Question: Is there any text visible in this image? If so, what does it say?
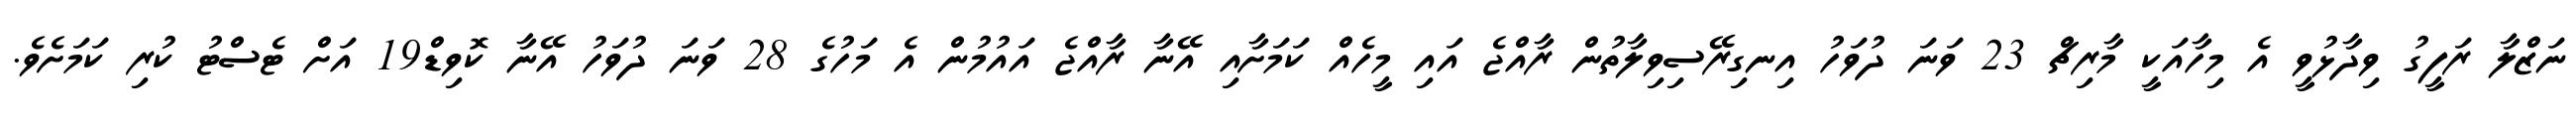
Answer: ނަޒްލާ ރަފީގު ވިދާޅުވީ އެ މިހާއަކީ މާރިޗް 23 ވަނަ ދުވަހު އިނގިރޭސިވިލާތުން ރާއްޖެ އައި މީހެއް ކަމަށާއި އޭނާ ރާއްޖެ އައުމުން އެ މަހުގެ 28 ވަނަ ދުވަހު އޭނާ ކޮވިޑް19 އަށް ޓެސްޓު ކުރި ކަމަށެވެ.